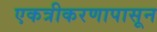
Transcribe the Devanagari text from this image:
एकत्रीकरणापासून